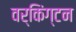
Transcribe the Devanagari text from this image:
वर्किंग्टन